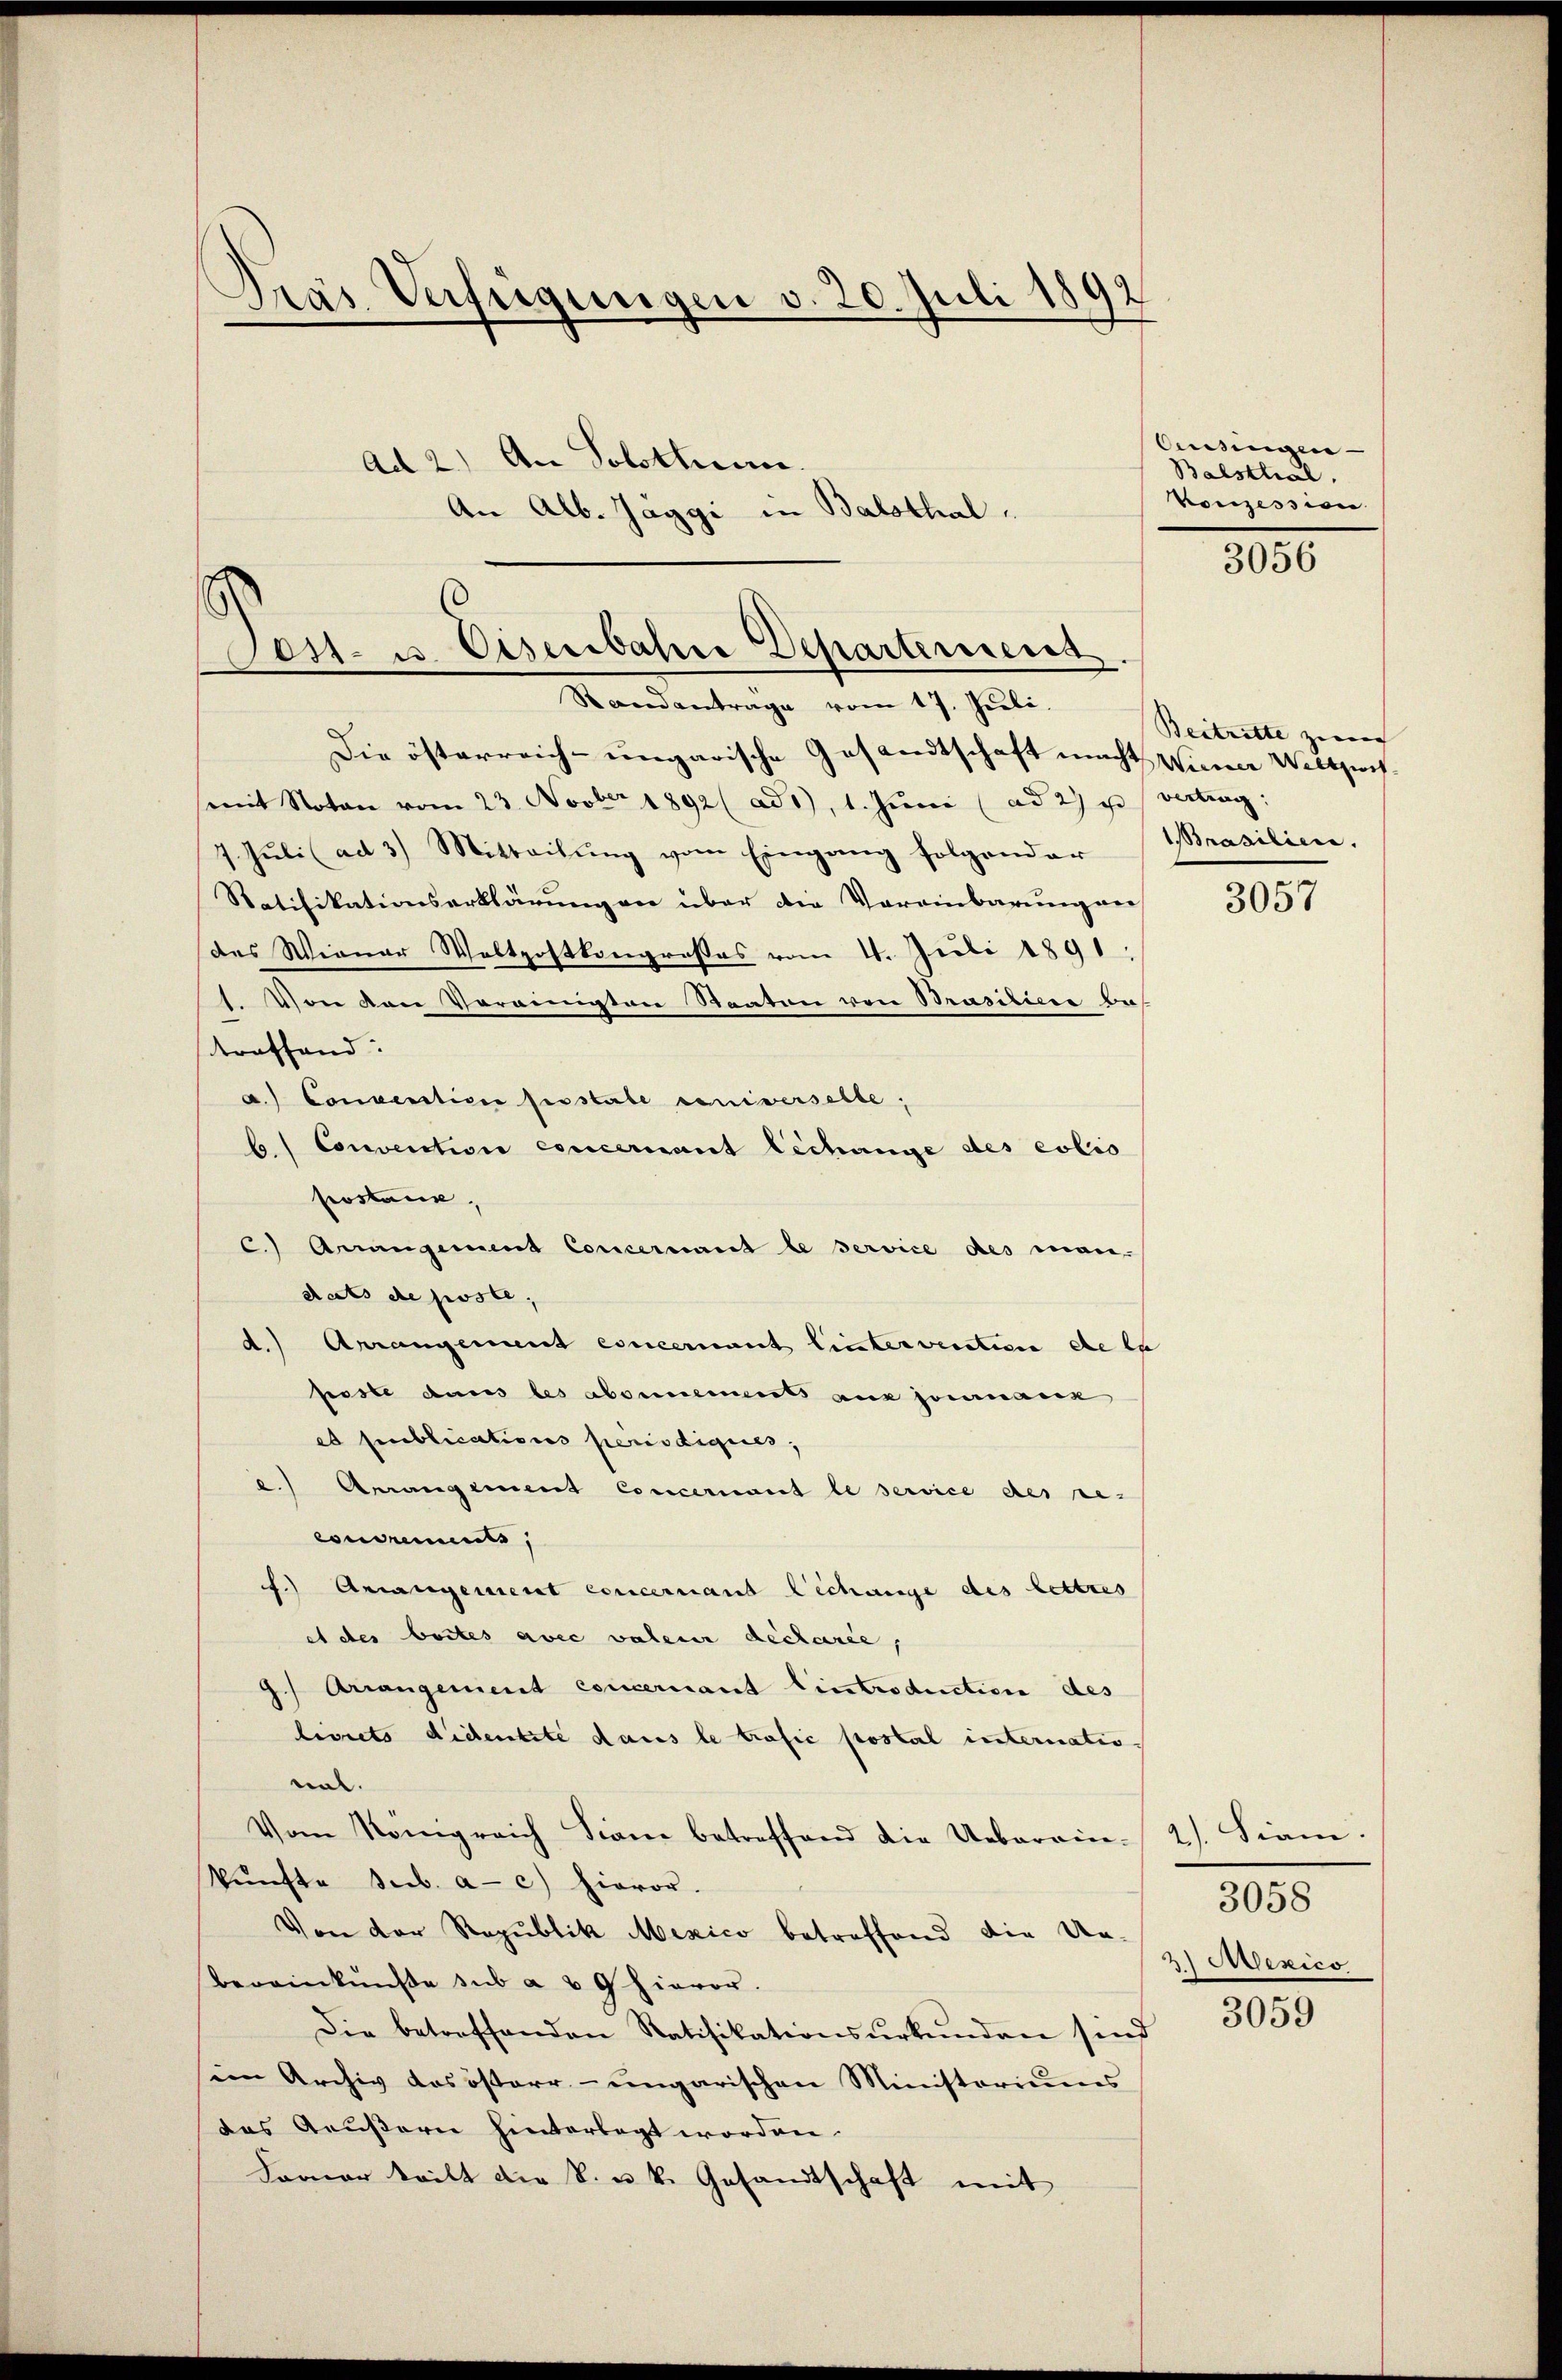
Pras Verfügungen v. 20. Juli 1892

ad 2.) An Solothur.
An Alb. Jäggi in Balsthal
s

Post- u. Eisenbahre Departeress

Standantrage vom 17. Juli.
Die österreich-ungarische Gesandtschaft macht Wiener Weltzochmit Noten vom 23. Novber 1892 (ad1), 1. Jŭni (ad 2) u. vertrag:
7. Jŭli ad 3) Mitteilŭng vom Eingang folgender
Ratifikationserklärungen über die Vereinbarung ver
des Wiener Waltpostkongrosses vom 4. Juli 1891
1. Von van Verainisten Staaten von Brasilie ba
treffend:
a.) Convention perstate einiverselbe;
b. Convention concernant Lechange des colio
postan
C.) Amangement Concernant le service des mandats de poste,
Arrangement concement lintervention de er
d.
peste dans les absencements aux jouranz
et publications periodiques,
e.) Arrangement Concernant le service des re-
concrements,
f. Arrangement concernant Lechange des lettres
et des beites avec valeur déclarée,
G. Arrangement concernant Eintroduction des
ligiets didentité dans le trafic postal internatio
nal.
Vom Königreich Siane betreffend die Ueberein- 2. Siam.
kŭnfte sub. a. c.) hievor.
Von der Republik Mexico betreffend die Un-
bereinkünfte sub a u 9 hievor.
Die betreffenden Ratifikationsŭrkŭnden sind
sein Archiv das österr- ungarischen Ministoriums
das Aeußern hinterlegt worden.
Forner teilt die k. u. k. Gesandtschaft mit

Cessingen- |
Balsthal.
Konzession

3056

Beitritte zurch |
Brasilien.

3057

2) Mexico

3058

3059